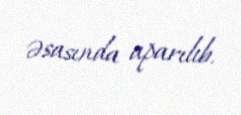
əsasında aparılıb.